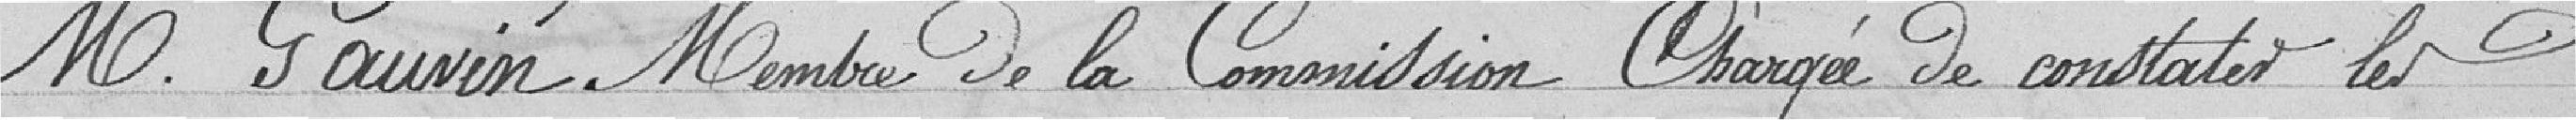
M. Gauvin membre de la commission chargée de constater les